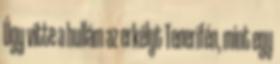
Úgy vitte a hullám az erkélyt Tenerifén, mint egy